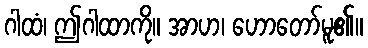
ဂါထံ၊ ဤဂါထာကို။ အာဟ၊ ဟောတော်မူ၏။